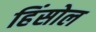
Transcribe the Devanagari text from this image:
हिंसोल